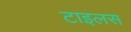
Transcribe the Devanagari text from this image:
टाइलस